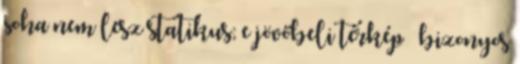
soha nem lesz statikus; e jövőbeli térkép – bizonyos